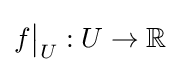
f{\big \vert }_{U}:U\to \mathbb {R}